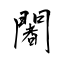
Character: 闍